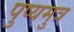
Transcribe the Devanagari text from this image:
पुष्यमुत्र